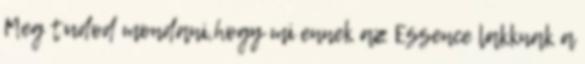
Meg tudod mondani,hogy mi ennek az Essence lakknak a